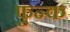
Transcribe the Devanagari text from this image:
फुन्क